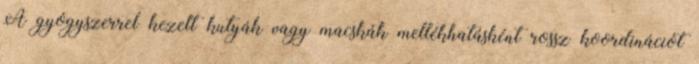
A gyógyszerrel kezelt kutyák vagy macskák mellékhatásként rossz koordinációt